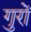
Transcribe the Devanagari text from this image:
गुरों